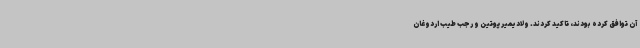
آن توافق کرده بودند، تاکید کردند. ولادیمیر پوتین و رجب طیب اردوغان